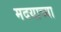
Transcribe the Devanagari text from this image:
मदयाच्या